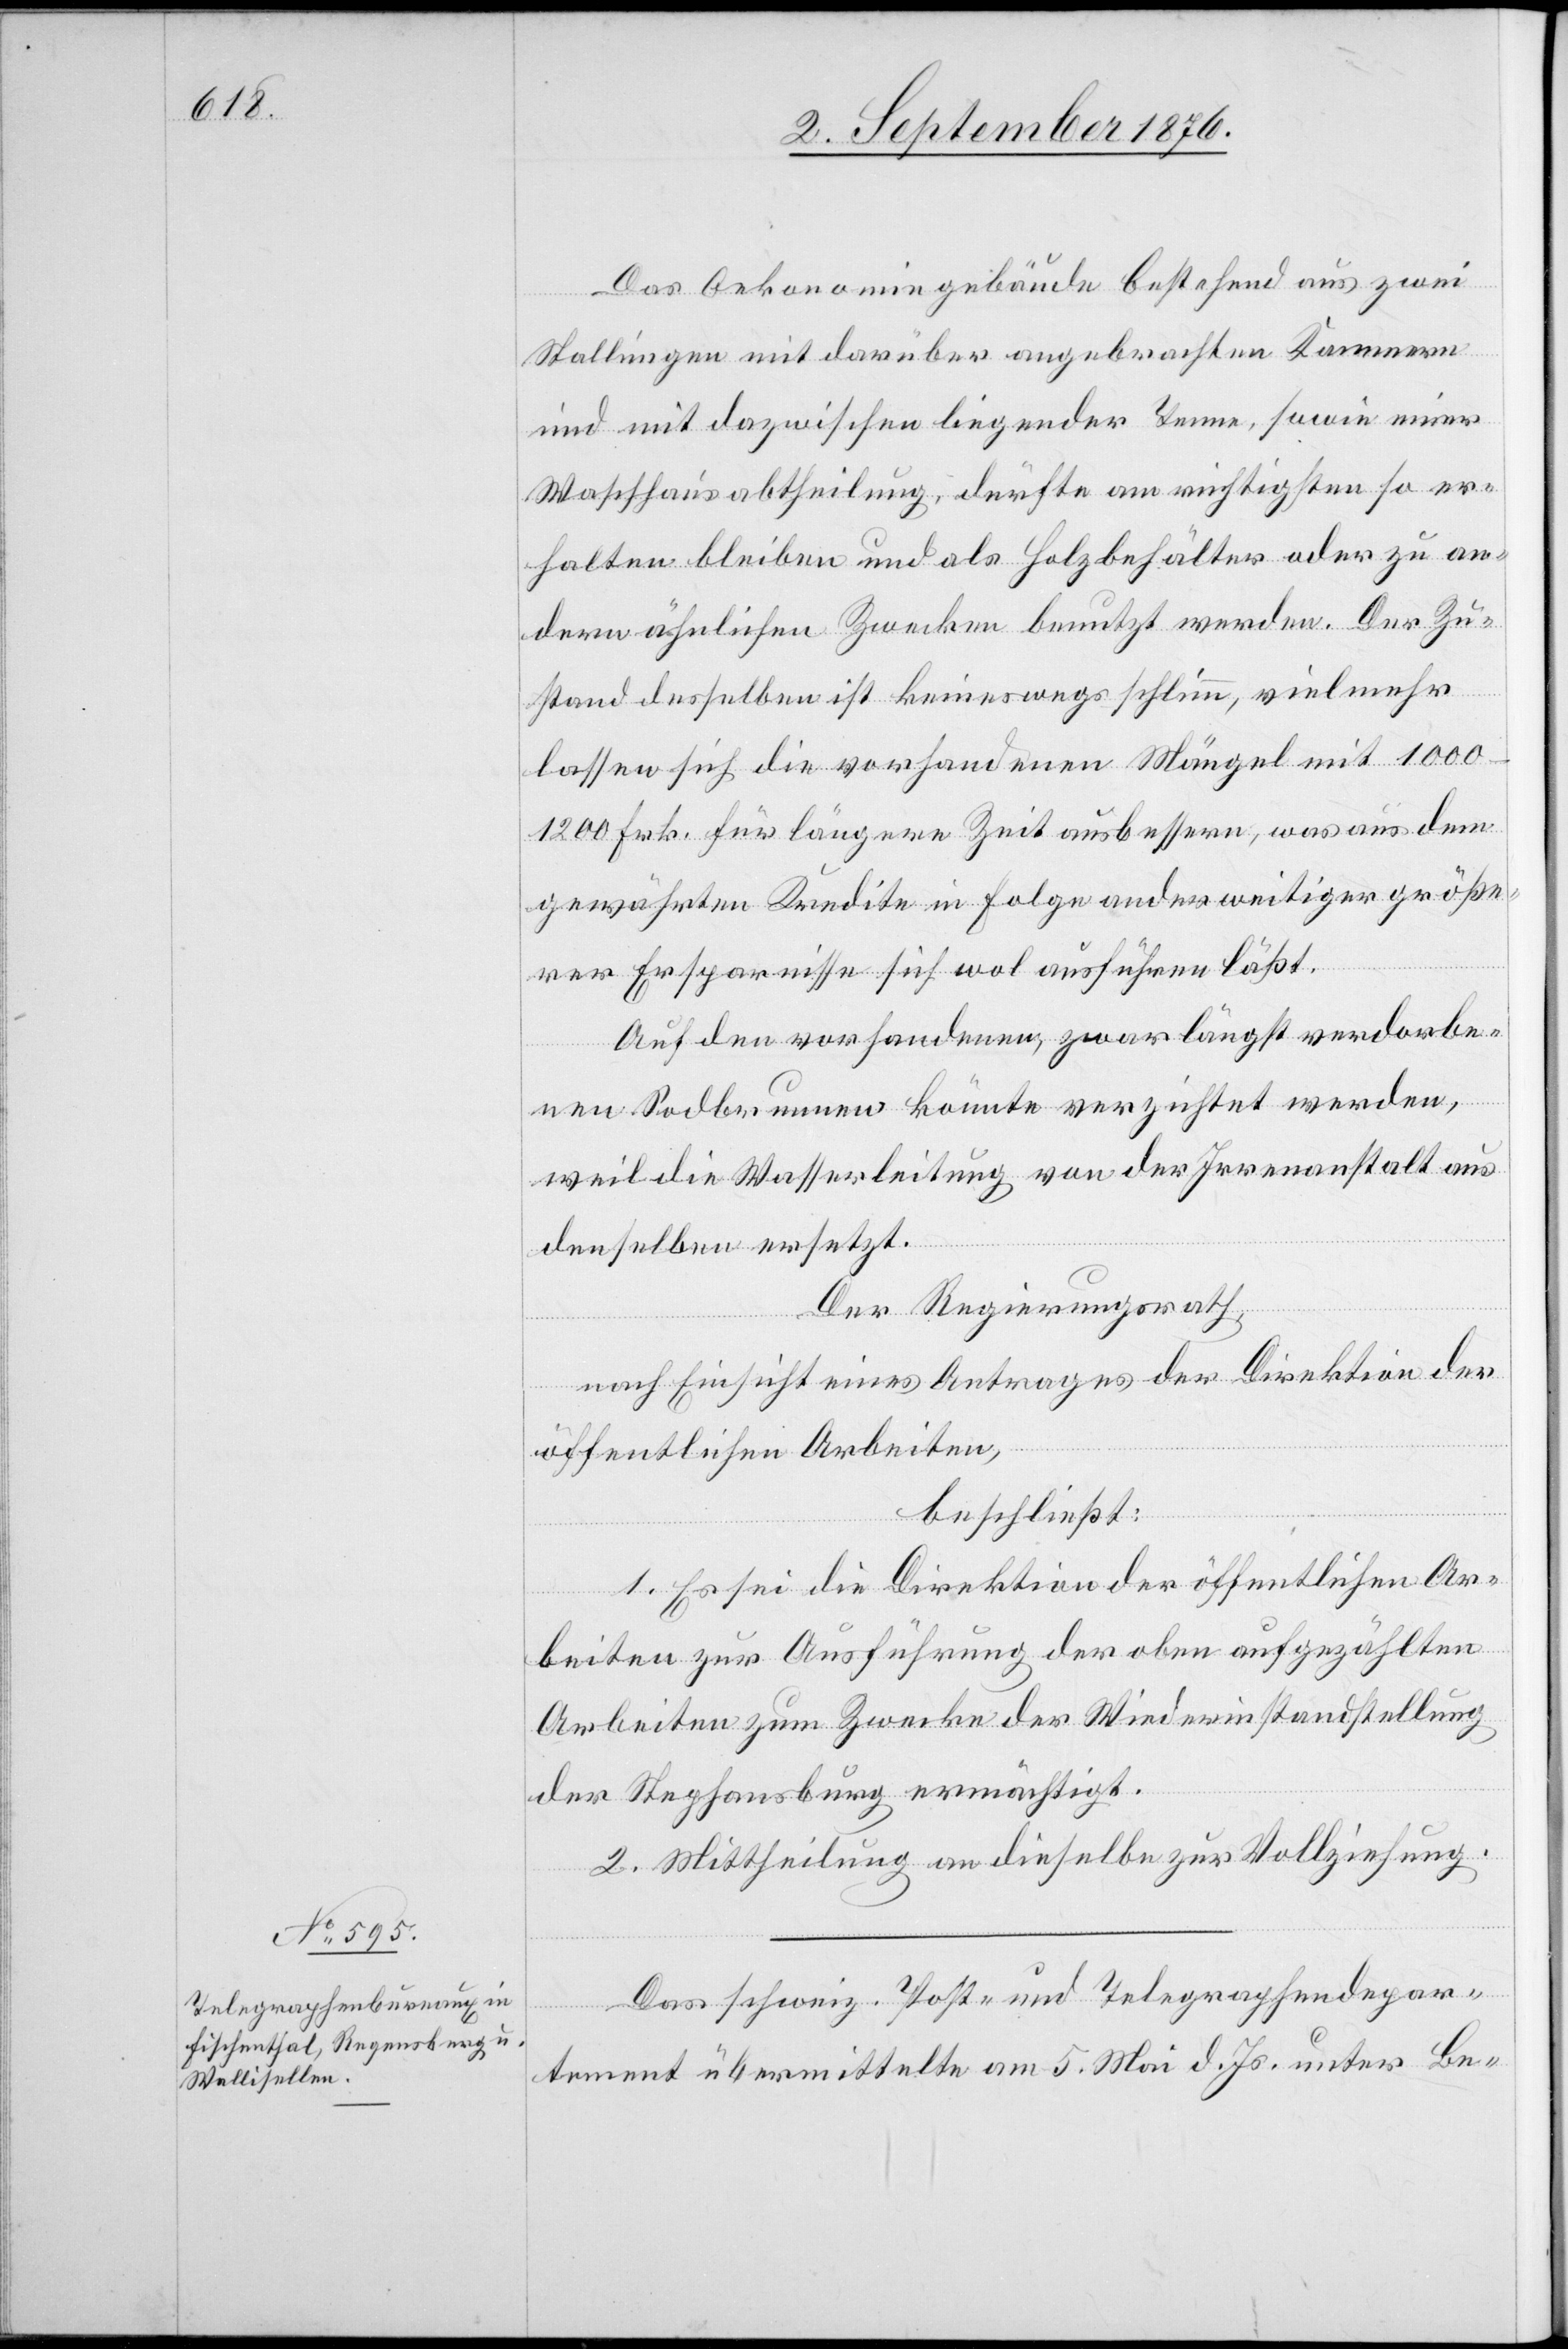
Das Oekonomiegebäude bestehend aus zwei
Stallungen mit darüber angebrachten Kammern
und mit dazwischen liegender Tenne, sowie einer
Waschhausabtheilung, dürfte am richtigsten so er¬
halten bleiben und als Holzbehälter oder zu an¬
dern ähnlichen Zwecken benutzt werden Der Zu¬
stand desselben ist keineswegs schlimm, vielmehr
lassen sich die vorhandenen Mängel mit 1000–1200
Frk. für längere Zeit ausbessern, was aus dem
gewährten Kredite in Folge anderweitiger größe¬
rer Ersparnisse sich wol ausführen läßt.
Auf den vorhandenen, zwar längst verdorbe¬
nen Sodbrunnen könnte verzichtet werden,
weil die Wasserleitung von der Irrenanstalt aus
denselben ersetzt.
Der Regierungsrath,
nach Einsicht eines Antrages der Direktion der
öffentlichen Arbeiten,
beschließt:
1. Es sei die Direktion der öffentlichen Ar¬
beiten zur Ausführung der oben aufgezählten
Arbeiten zum Zwecke der Wiederinstandstellung
der Stephansburg ermächtigt.
2. Mittheilung an dieselbe zur Vollziehung.
Das schweiz. Post- und Telegraphendepar¬
tement übermittelte am 5. Mai d. Js. unter Be-